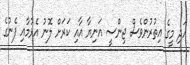
އަދި މީގެ އިތުރުންވެސް ޖިންސީ އަނިޔާ އާއި ކަރަށް ލޮނު އެޅުމާއި ފެނުގެ